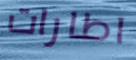
اطارات